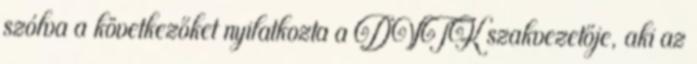
szólva a következőket nyilatkozta a DVTK szakvezetője, aki az